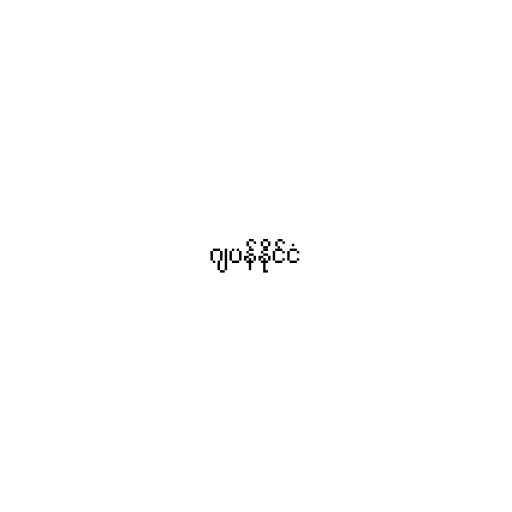
ဂျပန်နိုင်ငံ